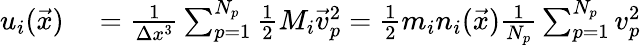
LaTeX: \begin{array}{rl}{u_{i}(\vec{x})}&{{}=\frac{1}{\Delta x^{3}}\sum_{p=1}^{N_{p}}\frac{1}{2}M_{i}\vec{v}_{p}^{2}=\frac{1}{2}m_{i}n_{i}(\vec{x})\frac{1}{N_{p}}\sum_{p=1}^{N_{p}}v_{p}^{2}}\end{array}